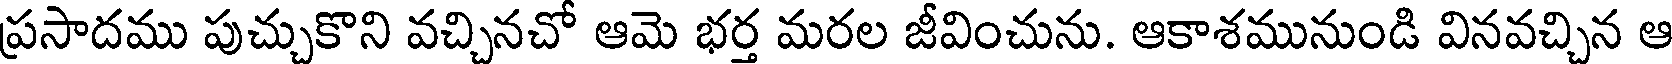
ప్రసాదము పుచ్చుకొని వచ్చినచో ఆమె భర్త మరల జీవించును. ఆకాశమునుండి వినవచ్చిన ఆ